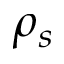
\rho _ { s }